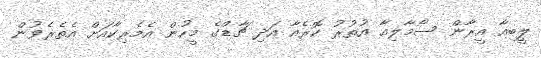
ލީބިއާ އީރާން ސޯމާލިއާ އުތުރު ކޮރެއާ އަދި ޗާޑްގެ މީހުން އެމެރިކާއަށް އެތެރެވުން